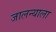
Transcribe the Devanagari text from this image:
जालन्याला